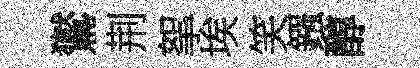
鸑荆挐埃笑鏹醇